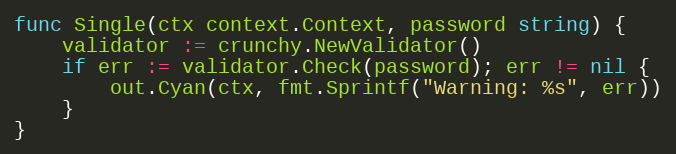
Language: Go
func Single(ctx context.Context, password string) {
	validator := crunchy.NewValidator()
	if err := validator.Check(password); err != nil {
		out.Cyan(ctx, fmt.Sprintf("Warning: %s", err))
	}
}